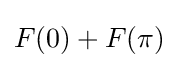
F(0)+F(\pi )